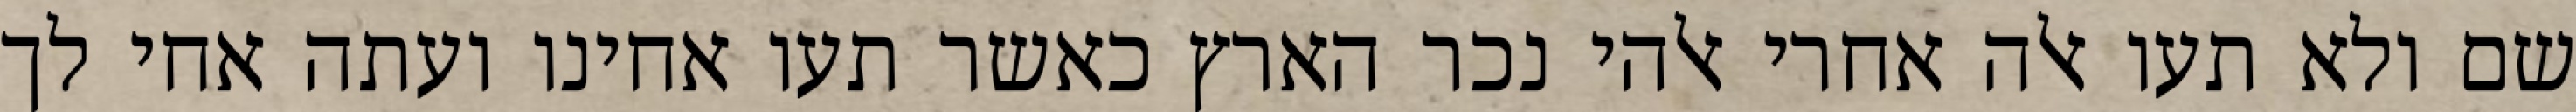
שם ולא תעו אלה אחרי אלהי נכר הארץ כאשר תעו אחינו ועתה אחי לך